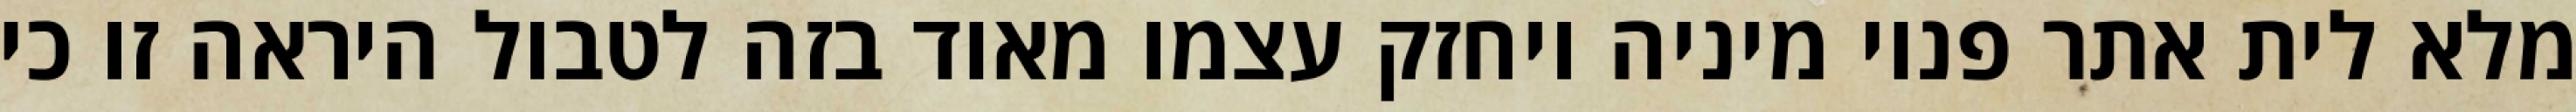
מלא לית אתר פנוי מיניה ויחזק עצמו מאוד בזה לטבול היראה זו כי